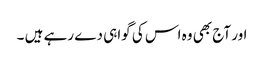
اور آج بھی وہ اس کی گواہی دے رہے ہیں ۔